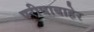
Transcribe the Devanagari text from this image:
परीघाबाहेर